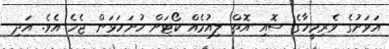
އަވަށުގެ ވެރިމީހާގެ ސޮއި އޮތް ލިއުމެއް ކޯޓަށް ހުށަހަޅަން ޖެހެ އެވެ. އަދި